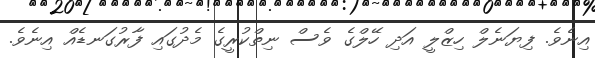
އިނެވެ. ފިޔަނެލް ހިޒްލީ އަދި ހޭލްގެ ވެސް ނިތްކުރީގެ މެދުގައި ފާރުގަނޑެއް އިނެވެ.